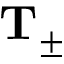
\mathbf { T _ { \pm } }